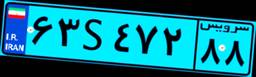
۵۸S۰۶۴۰۷